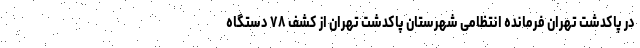
در پاکدشت تهران فرمانده انتظامی شهرستان پاکدشت تهران از کشف ۷۸ دستگاه